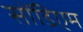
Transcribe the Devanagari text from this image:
सोंडिएम